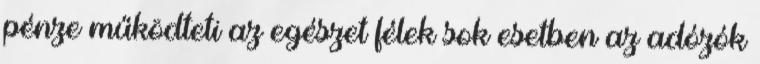
pénze működteti az egészet félek sok esetben az adózók